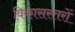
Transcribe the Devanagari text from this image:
विकासस्तरों